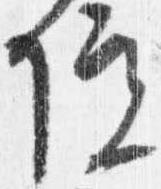
院